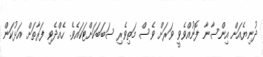
ދުނިޔެއަށް އިންސާނާ ފޮނުއްވެވީ ވަރަށް ވެސް މަތިވެރި ސަބަބަކަށްޓަކައެވެ. ހެއްދެވި ފަރާތަށް އަޅުކަން